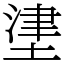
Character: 堻